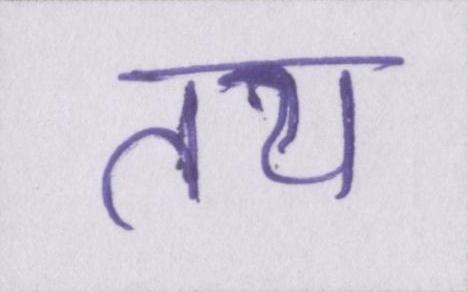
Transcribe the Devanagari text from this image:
तय